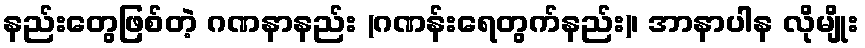
နည်းတွေဖြစ်တဲ့ ဂဏနာနည်း (ဂဏန်းရေတွက်နည်း)၊ အာနာပါန လိုမျိုး